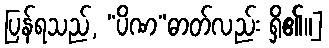
ပြန်ရသည်, “ပိဏ”ဓာတ်လည်း ရှိ၏။]